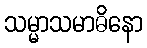
သမ္မာသမာဓိနော